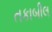
તકાબીલ